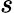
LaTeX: \displaystyle s